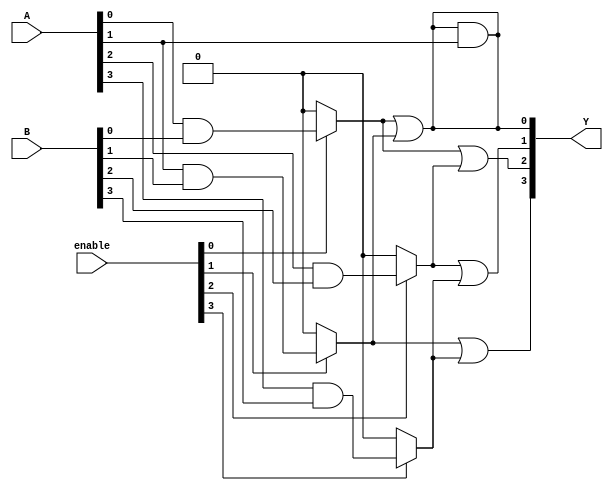
module CLB (
    input  wire [3:0] A,        // 4 input signals
    input  wire [3:0] B,        // 4 input signals (for more complex logic)
    input  wire [3:0] enable,    // Enable signals for each logic function
    output wire [3:0] Y          // 4 output signals
);

// Intermediate product terms
wire [3:0] product_terms;

// AND Array Implementation
assign product_terms[0] = enable[0] ? (A[0] & B[0]) : 1'b0; // AND operation for term 0
assign product_terms[1] = enable[1] ? (A[1] & B[1]) : 1'b0; // AND operation for term 1
assign product_terms[2] = enable[2] ? (A[2] & B[2]) : 1'b0; // AND operation for term 2
assign product_terms[3] = enable[3] ? (A[3] & B[3]) : 1'b0; // AND operation for term 3

// OR Array Implementation
assign Y[0] = product_terms[0] | product_terms[1]; // OR operation for output 0
assign Y[1] = product_terms[2] | product_terms[3]; // OR operation for output 1
assign Y[2] = product_terms[0] | product_terms[2]; // OR operation for output 2
assign Y[3] = product_terms[1] | product_terms[3]; // OR operation for output 3

// Feedback Path Example (if needed, can be adjusted)
wire feedback_signal;
assign feedback_signal = Y[0]; // Example feedback from output 0

// Additional logic with feedback (for example)
assign Y[0] = feedback_signal & A[1]; // Feedback logic, can modify as needed

endmodule